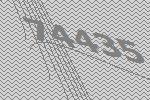
74435